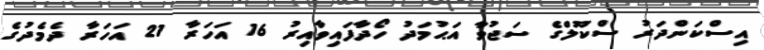
އިސްކަންދަރު ސްކޫލްގެ ސަޖުވާ އަޙުމަދު ހޯދާފައިވާއިރު 16 އަހަރާ 21 އަހަރާ ދެމެދުގެ